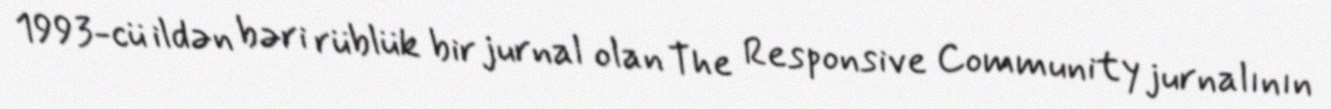
1993-cü ildən bəri rüblük bir jurnal olan The Responsive Community jurnalının